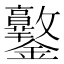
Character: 𨰩